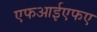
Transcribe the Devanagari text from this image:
एफआईएफए